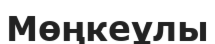
Мөңкеұлы